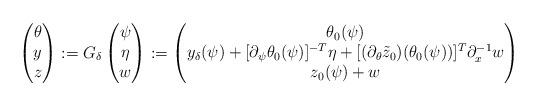
LaTeX: \begin{align*}\begin{pmatrix}\theta \\ y \\ z\end{pmatrix}:=G_{\delta}\begin{pmatrix}\psi\\ \eta \\ w\end{pmatrix}:=\begin{pmatrix}\theta_0(\psi) \\y_{\delta}(\psi)+[\partial_{\psi}\theta_0(\psi)]^{-T}\eta+[(\partial_{\theta} \tilde{z}_0)(\theta_0(\psi))]^T\partial_x^{-1}w\\z_0(\psi)+w\end{pmatrix}\end{align*}